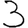
Digit: 3